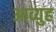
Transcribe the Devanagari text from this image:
आव्युह